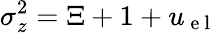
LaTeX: \sigma_{z}^{2}=\Xi+1+u_{\mathrm{~e~l~}}